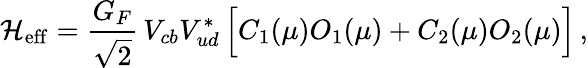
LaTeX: {\cal H}_{\mathrm{eff}}=\frac{G_{F}}{\sqrt 2}\, V_{cb}V_{ud}^{*}\, \Big[C_{1}(\mu)O_{1}(\mu)+C_{2}(\mu)O_{2}(\mu)\Big]\, ,